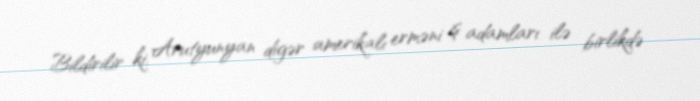
Bildirilir ki, Arutyunyan digər amerikalı erməni iş adamları ilə birlikdə